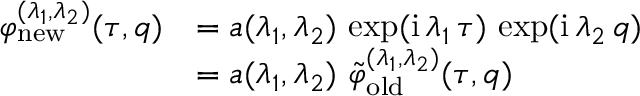
\begin{array} { r l } { \varphi _ { \mathrm { n e w } } ^ { ( \lambda _ { 1 } , \lambda _ { 2 } ) } ( \tau , q ) } & { = a ( \lambda _ { 1 } , \lambda _ { 2 } ) \, \exp ( \mathrm { i } \, \lambda _ { 1 } \, \tau ) \, \exp ( \mathrm { i } \, \lambda _ { 2 } \, q ) } \\ & { = a ( \lambda _ { 1 } , \lambda _ { 2 } ) \ \tilde { \varphi } _ { \mathrm { o l d } } ^ { ( \lambda _ { 1 } , \lambda _ { 2 } ) } ( \tau , q ) } \end{array}